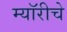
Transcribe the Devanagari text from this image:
म्यॉरीचे